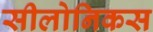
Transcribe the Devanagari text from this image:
सीलोनिकस